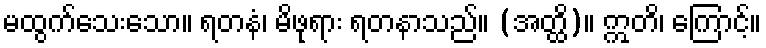
မထွက်သေးသော။ ရတနံ၊ မိဖုရား ရတနာသည်။ (အတ္ထိ)။ ဣတိ၊ ကြောင့်။